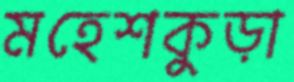
মহেশকুড়া